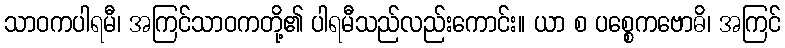
သာဝကပါရမီ၊ အကြင်သာဝကတို့၏ ပါရမီသည်လည်းကောင်း။ ယာ စ ပစ္စေကဗောဓိ၊ အကြင်